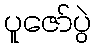
ပူဇော်ပွဲ